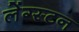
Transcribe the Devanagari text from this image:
लेंग्स्टन